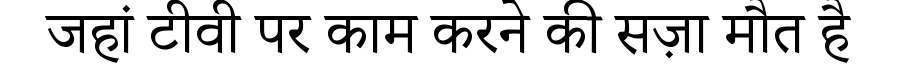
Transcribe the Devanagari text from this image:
जहां टीवी पर काम करने की सज़ा मौत है